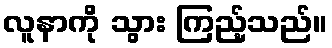
လူနာကို သွား ကြည့်သည်။